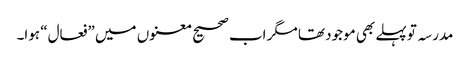
مدرسہ تو پہلے بھی موجود تھا مگر اب صحیح معنوں میں ”فعال“ ہوا۔